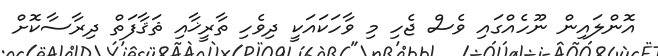
އޮންލައިން ނޫހެއްގައި ވެސް ޖެހި މި ވާހަކައަކީ ދިވެހި ތާރީޚާއި ޘަޤާފަތް ދިރާސާކޮށް